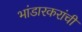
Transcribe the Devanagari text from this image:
भांडारकरांची